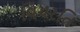
વિચરતિ